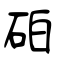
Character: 砶